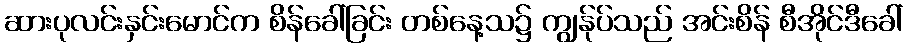
ဆားပုလင်းနှင်းမောင်က စိန်ခေါ်ခြင်း တစ်နေ့သ၌ ကျွန်ုပ်သည် အင်းစိန် စီအိုင်ဒီခေါ်